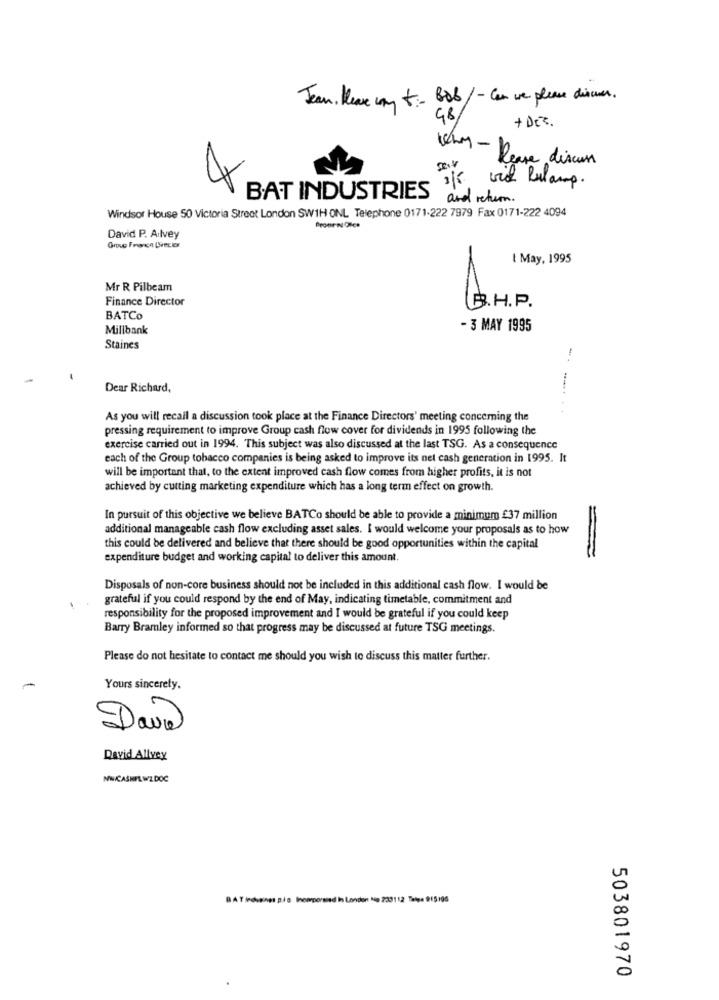
Jean. Kear cay X :- 80%/ - Can ve please discuss.
GB/
+ DEz.
Why - Page discuss
4
if with Pulamp.
BAT INDUSTRIES
and return .
Windsor House 50 Victoria Street London SW1H ONL Telephone 0171-222 7979 Fax 0171-222 4094
David P. Ailvey
I May, 1995
Mr R Pilbeam
Finance Director
B.H.P.
BATCo
Millbank
- 3 MAY 1995
Staines
Dear Richard,
As you will recall a discussion took place at the Finance Directors' meeting concerning the
pressing requirement to improve Group cash flow cover for dividends in 1995 following the
exercise carried out in 1994. This subject was also discussed at the last TSG. As a consequence
each of the Group tobacco companies is being asked to improve its net cash generation in 1995. It
will be important that, to the extent improved cash flow comes from higher profits, it is not
achieved by cutting marketing expenditure which has a long term effect on growth.
In pursuit of this objective we believe BATCo should be able to provide a minimum £37 million
additional manageable cash flow excluding asset sales. I would welcome your proposals as to how
=
this could be delivered and believe that there should be good opportunities within the capital
expenditure budget and working capital to deliver this amount.
Disposals of non-core business should not be included in this additional cash flow. I would be
grateful if you could respond by the end of May, indicating timetable, commitment and
responsibility for the proposed improvement and I would be grateful if you could keep
Barry Bramley informed so that progress may be discussed at future TSG meetings.
Please do not hesitate to contact me should you wish to discuss this matter further.
Yours sincerely.
David
David Allvey
Nw/CASHPLWZDOC
BATindusnes ple Incorporsind In London No 233112 Talpa 915196
503801970